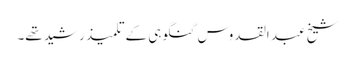
شیخ عبد القدوس گنگوہی کے تلمیذ رشید تھے۔